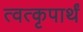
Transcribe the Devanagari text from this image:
त्वत्कृपार्थं